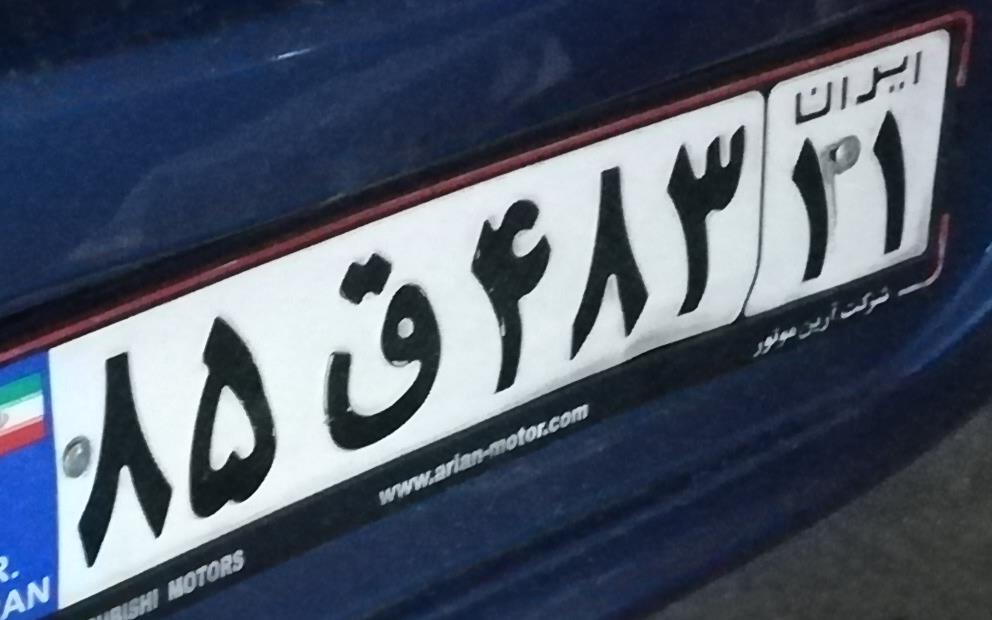
۸۵ق۴۸۳۱۱